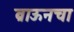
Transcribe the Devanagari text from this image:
ब्राऊनचा